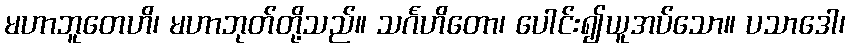
မဟာဘူတေဟိ၊ မဟာဘုတ်တို့သည်။ သင်္ဂဟိတော၊ ပေါင်း၍ယူအပ်သော။ ပသာဒေါ၊